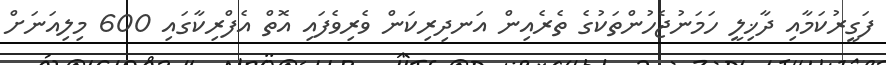
ފަގީރުކަމާއި ދާޚިލީ ހަމަނުޖެހުންތަކުގެ ތެރެއިން އަނދިރިކަން ވެރިވެފައި އޮތް އެފްރިކާގައި 600 މިލިއަނަށް